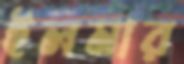
ইলমার